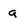
Character: q